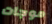
موجات